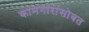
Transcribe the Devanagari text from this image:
कामगारांसोबत